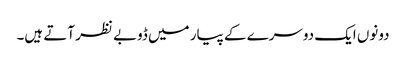
دونوں ایک دوسرے کے پیار میں ڈوبے نظر آتے ہیں۔